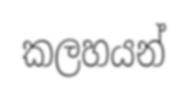
කලහයන්